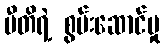
ပီတိရဲ့ စွမ်းဆောင်မှု